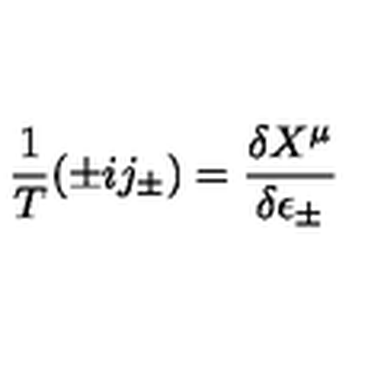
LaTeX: \frac { 1 } { T } ( \pm i j _ { \pm } ) = \frac { \delta X ^ { \mu } } { \delta \epsilon _ { \pm } }